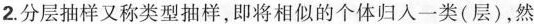
2.分层抽样又称类型抽样，即将相似的个体归人一类(层)，然